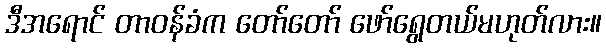
ဒီအရောင် တာဝန်ခံက တော်တော် ဖော်ရွေတယ်မဟုတ်လား။